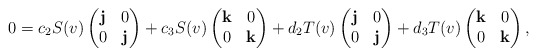
\begin{align*}0=c_{2}S(v)\begin{pmatrix}{\bf j}&0\\0&{\bf j}\end{pmatrix}+c_{3}S(v)\begin{pmatrix}{\bf k}&0\\0&{\bf k}\end{pmatrix}+d_{2}T(v)\begin{pmatrix}{\bf j}&0\\0&{\bf j}\end{pmatrix}+d_{3}T(v)\begin{pmatrix}{\bf k}&0\\0&{\bf k}\end{pmatrix}, \end{align*}